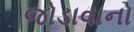
જોડાવાનો